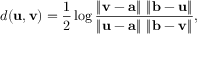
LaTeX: d ( \mathbf { u } , \mathbf { v } ) = { \frac { 1 } { 2 } } \log { \frac { \left\| \mathbf { v } - \mathbf { a } \right\| \, \left\| \mathbf { b } - \mathbf { u } \right\| } { \left\| \mathbf { u } - \mathbf { a } \right\| \, \left\| \mathbf { b } - \mathbf { v } \right\| } } ,